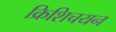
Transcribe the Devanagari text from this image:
क्रिशिचयन